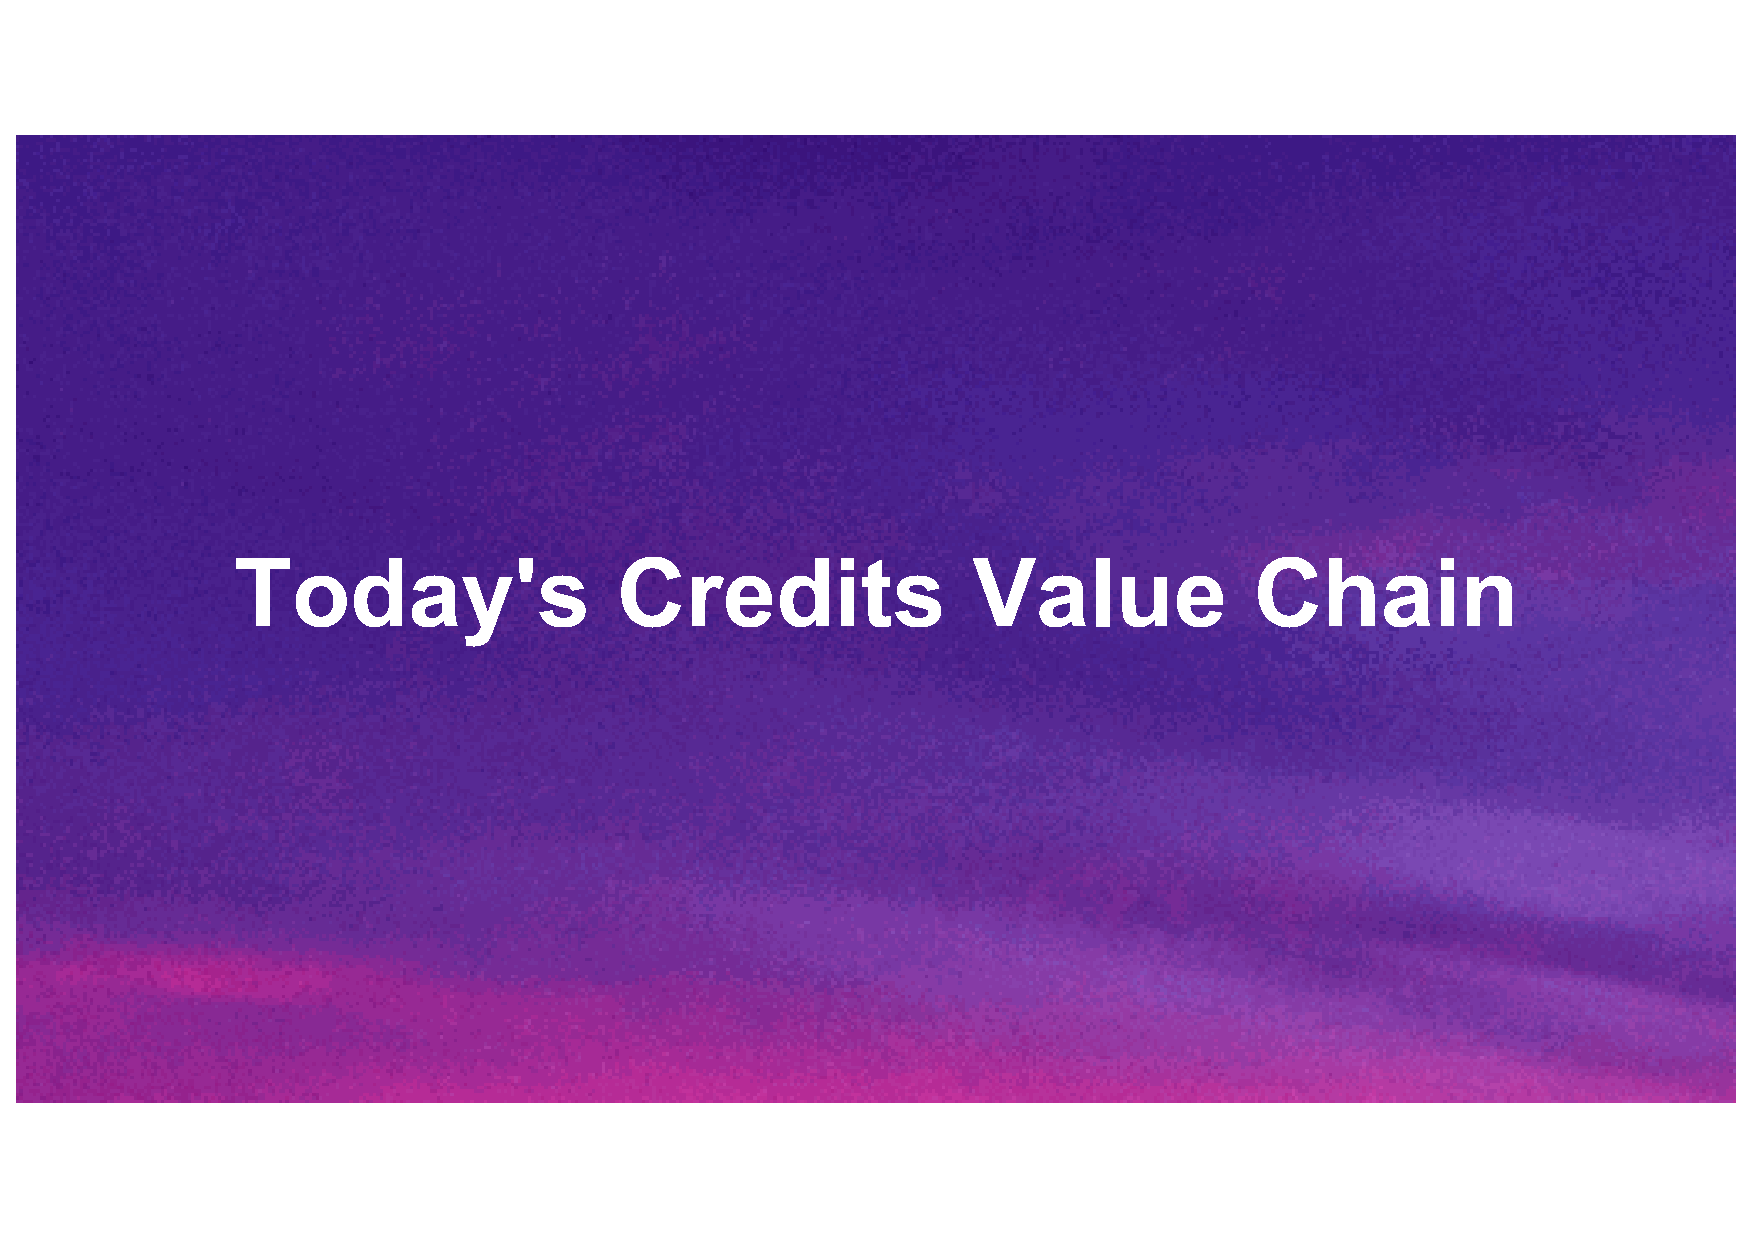
Today's                   Credits                Value              Chain